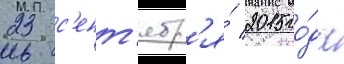
23 с'ент'ябр'я́ 2015 го́да